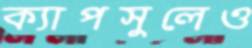
ক্যাপসুলেও